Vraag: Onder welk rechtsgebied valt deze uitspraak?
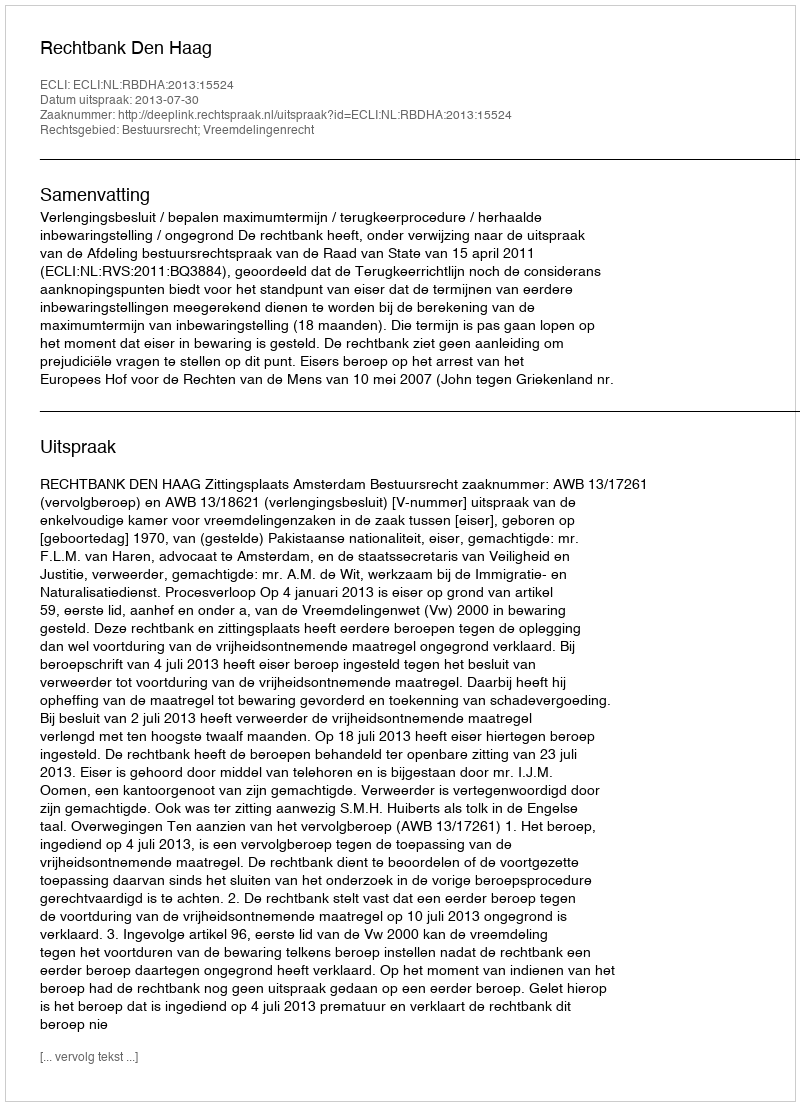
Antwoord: Bestuursrecht; Vreemdelingenrecht